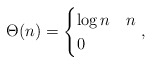
\begin{align*} \Theta(n) = \begin{cases} \log n & n \\ 0 & \end{cases}, \end{align*}